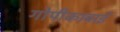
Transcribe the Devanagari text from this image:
गोपीकाबाई